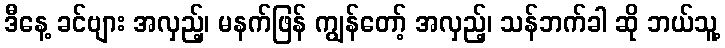
ဒီနေ့ ခင်ဗျား အလှည့်၊ မနက်ဖြန် ကျွန်တော့် အလှည့်၊ သန်ဘက်ခါ ဆို ဘယ်သူ့